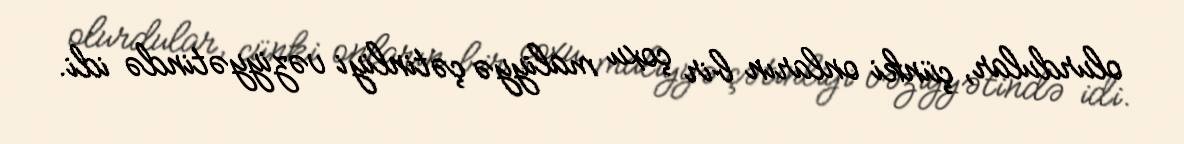
olurdular, çünki onların bir çoxu maliyyə çətinliyi vəziyyətində idi.